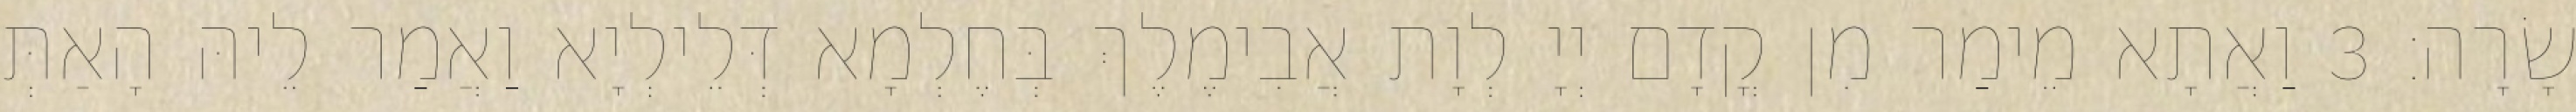
שָׂרָה׃ 3 וַאֲתָא מֵימַר מִן קֳדָם יְיָ לְוָת אֲבִימֶלֶךְ בְּחֶלְמָא דְּלֵילְיָא וַאֲמַר לֵיהּ הָאַתְּ